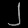
Digit: ၂